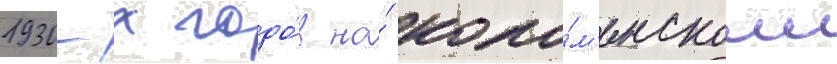
1930-х годо́в на́ коло́м'енском